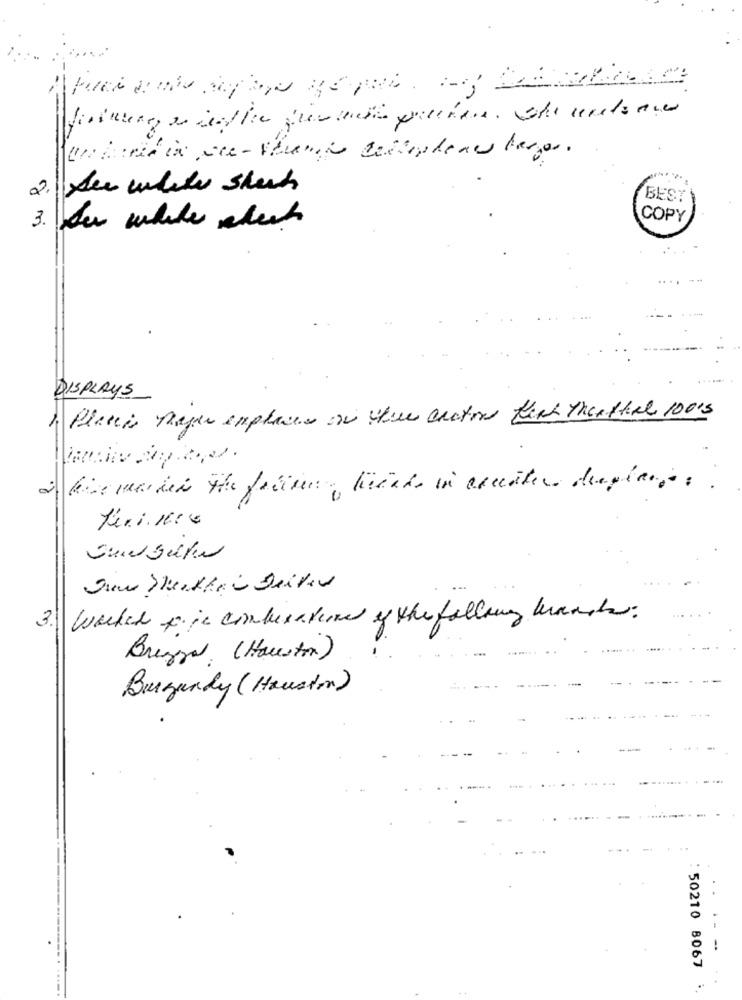
2.
See white sheets
BEST
COPY
3. De while which
DISPLAYS
Placeis neger emphases of this crotone fick Thenthal 100's
Den Seetheir Deiner
3. Worked f in combination of the falling hands.
Brezina. (Houston)
Burgundy (Houston)
-- -
50210 8067